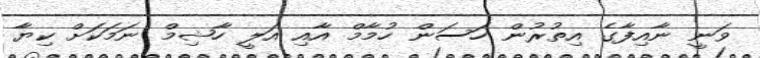
ވަނީ ނާއިފާގެ އިތުރުން ހަސަން ހުމާމް އާއި އަލީ ހާޝިމް ނަމަކަށް ކިޔާ